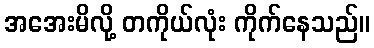
အအေးမိလို့ တကိုယ်လုံး ကိုက်နေသည်။